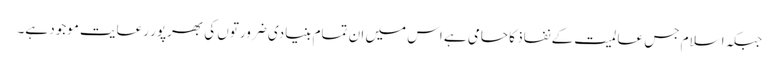
جبکہ اسلام جس عالمیت کے نفاذ کا حامی ہے اس میں ان تمام بنیادی ضرورتوں کی بھرپور رعایت موجود ہے۔